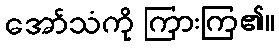
အော်သံကို ကြားကြ၏။